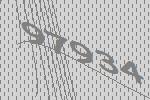
97934